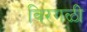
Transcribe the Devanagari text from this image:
विरगळी